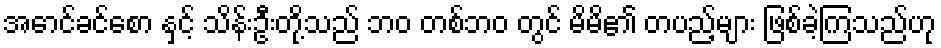
အောင်ခင်စော နှင့် သိန်းဦးတို့သည် ဘဝ တစ်ဘဝ တွင် မိမိ၏ တပည့်များ ဖြစ်ခဲ့ကြသည်ဟု